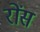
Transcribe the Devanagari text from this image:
रोंस